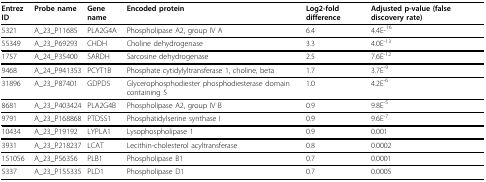
| Entrez ID | Probe name | Gene name | Encoded protein | Log2-fold difference | Adjusted p-value (false discovery rate) |
 | --- | --- | --- | --- | --- | --- |
 | 5321 | A_23_P11685 | PLA2G4A | Phospholipase A2, group IV A | 6.4 | 4.4E-16 |
 | 55349 | A_23_P69293 | CHDH | Choline dehydrogenase | 3.3 | 4.0E-13 |
 | 1757 | A_24_P35400 | SARDH | Sarcosine dehydrogenase | 2.5 | 7.6E-12 |
 | 9468 | A_24_P941353 | PCYT1B | Phosphate cytidylyltransferase 1, choline, beta | 1.7 | 3.7E-9 |
 | 31896 | A_23_P87401 | GDPD5 | Glycerophosphodiester phosphodiesterase domain containing 5 | 1.0 | 4.2E-6 |
 | 8681 | A_23_P403424 | PLA2G4B | Phospholipase A2, group IV B | 0.9 | 9.8E-5 |
 | 9791 | A_23_P168868 | PTDSS1 | Phosphatidylserine synthase I | 0.9 | 9.6E-7 |
 | 10434 | A_23_P19192 | LYPLA1 | Lysophospholipase 1 | 0.9 | 0.001 |
 | 3931 | A_23_P218237 | LCAT | Lecithin-cholesterol acyltransferase | 0.8 | 0.0002 |
 | 151056 | A_23_P56356 | PLB1 | Phospholipase B1 | 0.7 | 0.0001 |
 | 5337 | A_23_P155335 | PLD1 | Phospholipase D1 | 0.7 | 0.0005 |